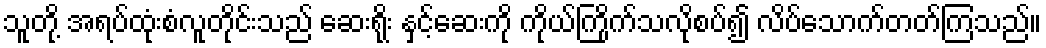
သူတို့ အရပ်ထုံးစံလူတိုင်းသည် ဆေးရိုး နှင့်ဆေးကို ကိုယ်ကြိုက်သလိုစပ်၍ လိပ်သောက်တတ်ကြသည်။